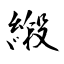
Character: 緞